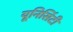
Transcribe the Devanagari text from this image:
यूनिर्सिटी